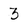
Character: 3